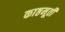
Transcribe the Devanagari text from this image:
काष्ठमूर्ती